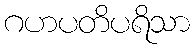
ဂဟပတိပရိသာ